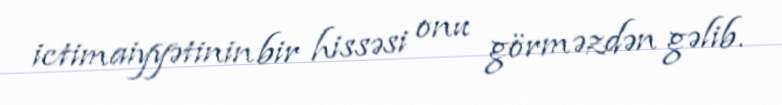
ictimaiyyətinin bir hissəsi onu görməzdən gəlib.